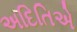
અદિતિએ